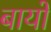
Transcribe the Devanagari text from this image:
बायों